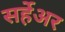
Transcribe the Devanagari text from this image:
सर्हेअर